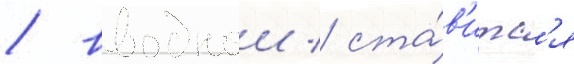
/ вводнои / ста́в'итс'я